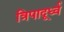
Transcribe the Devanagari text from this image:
त्रिपादूर्ध्व